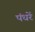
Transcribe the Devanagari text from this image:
पंधरें